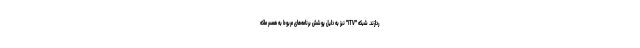
ردازند. شبکه "ITV" نیز به دلیل پوشش برنامه‌های مربوط به همسر ملکه